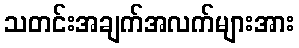
သတင်းအချက်အလက်များအား